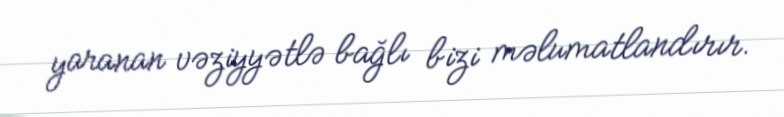
yaranan vəziyyətlə bağlı bizi məlumatlandırır.